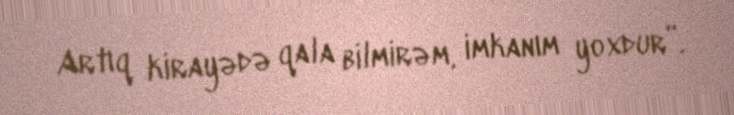
Artıq kirayədə qala bilmirəm, imkanım yoxdur”.